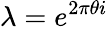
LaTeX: \lambda=e^{2\pi\theta i}